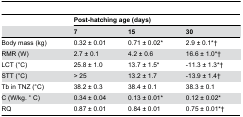
<table><thead><tr><td></td><td colspan="3"><b>Post-hatching age (days)</b></td></tr><tr><td></td><td><b>7</b></td><td><b>15</b></td><td><b>30</b></td></tr></thead><tbody><tr><td>Body mass (kg)</td><td>0.32 ± 0.01</td><td>0.71 ± 0.02*</td><td>2.9 ± 0.1*†</td></tr><tr><td>RMR (W)</td><td>2.7 ± 0.1</td><td>4.2 ± 0.6</td><td>16.6 ± 1.0*†</td></tr><tr><td>LCT (°C)</td><td>25.8 ± 1.0</td><td>13.7 ± 1.5*</td><td>-11.3 ± 1.3*†</td></tr><tr><td>STT (°C)</td><td>&gt; 25</td><td>13.2 ± 1.7</td><td>-13.9 ± 1.4†</td></tr><tr><td>Tb in TNZ (°C)</td><td>38.2 ± 0.3</td><td>38.4 ± 0.1</td><td>38.3 ± 0.1</td></tr><tr><td>C (W/kg. ° C)</td><td>0.34 ± 0.04</td><td>0.13 ± 0.01*</td><td>0.12 ± 0.02*</td></tr><tr><td>RQ</td><td>0.87 ± 0.01</td><td>0.84 ± 0.01</td><td>0.75 ± 0.01*†</td></tr></tbody></table>